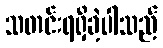
သတင်းရရှိခဲ့ပါသည်